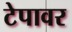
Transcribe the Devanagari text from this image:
टेपावर